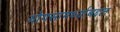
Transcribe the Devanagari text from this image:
योगसामर्थ्याबद्दल